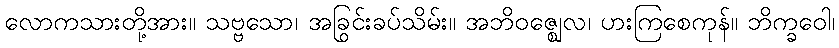
လောကသားတို့အား။ သဗ္ဗသော၊ အခြင်းခပ်သိမ်း။ အဘိဝဇ္ဈေလ၊ ပွားကြစေကုန်။ ဘိက္ခဝေါ၊